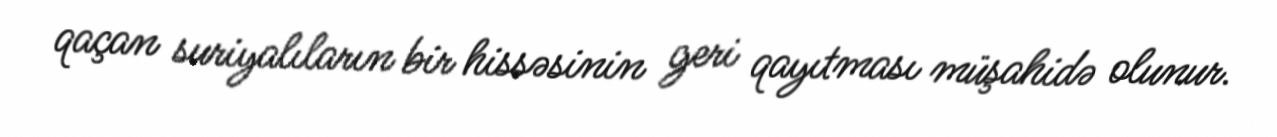
qaçan suriyalıların bir hissəsinin geri qayıtması müşahidə olunur.